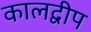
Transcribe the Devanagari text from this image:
कालद्वीप